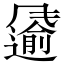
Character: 𩙌